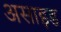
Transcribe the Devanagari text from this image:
असाइड